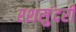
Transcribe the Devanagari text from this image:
रशसुंदरी